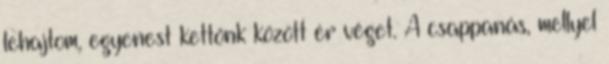
lehajtom, egyenest kettőnk között ér véget. A csappanás, mellyel